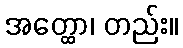
အတ္ထော၊ တည်း။